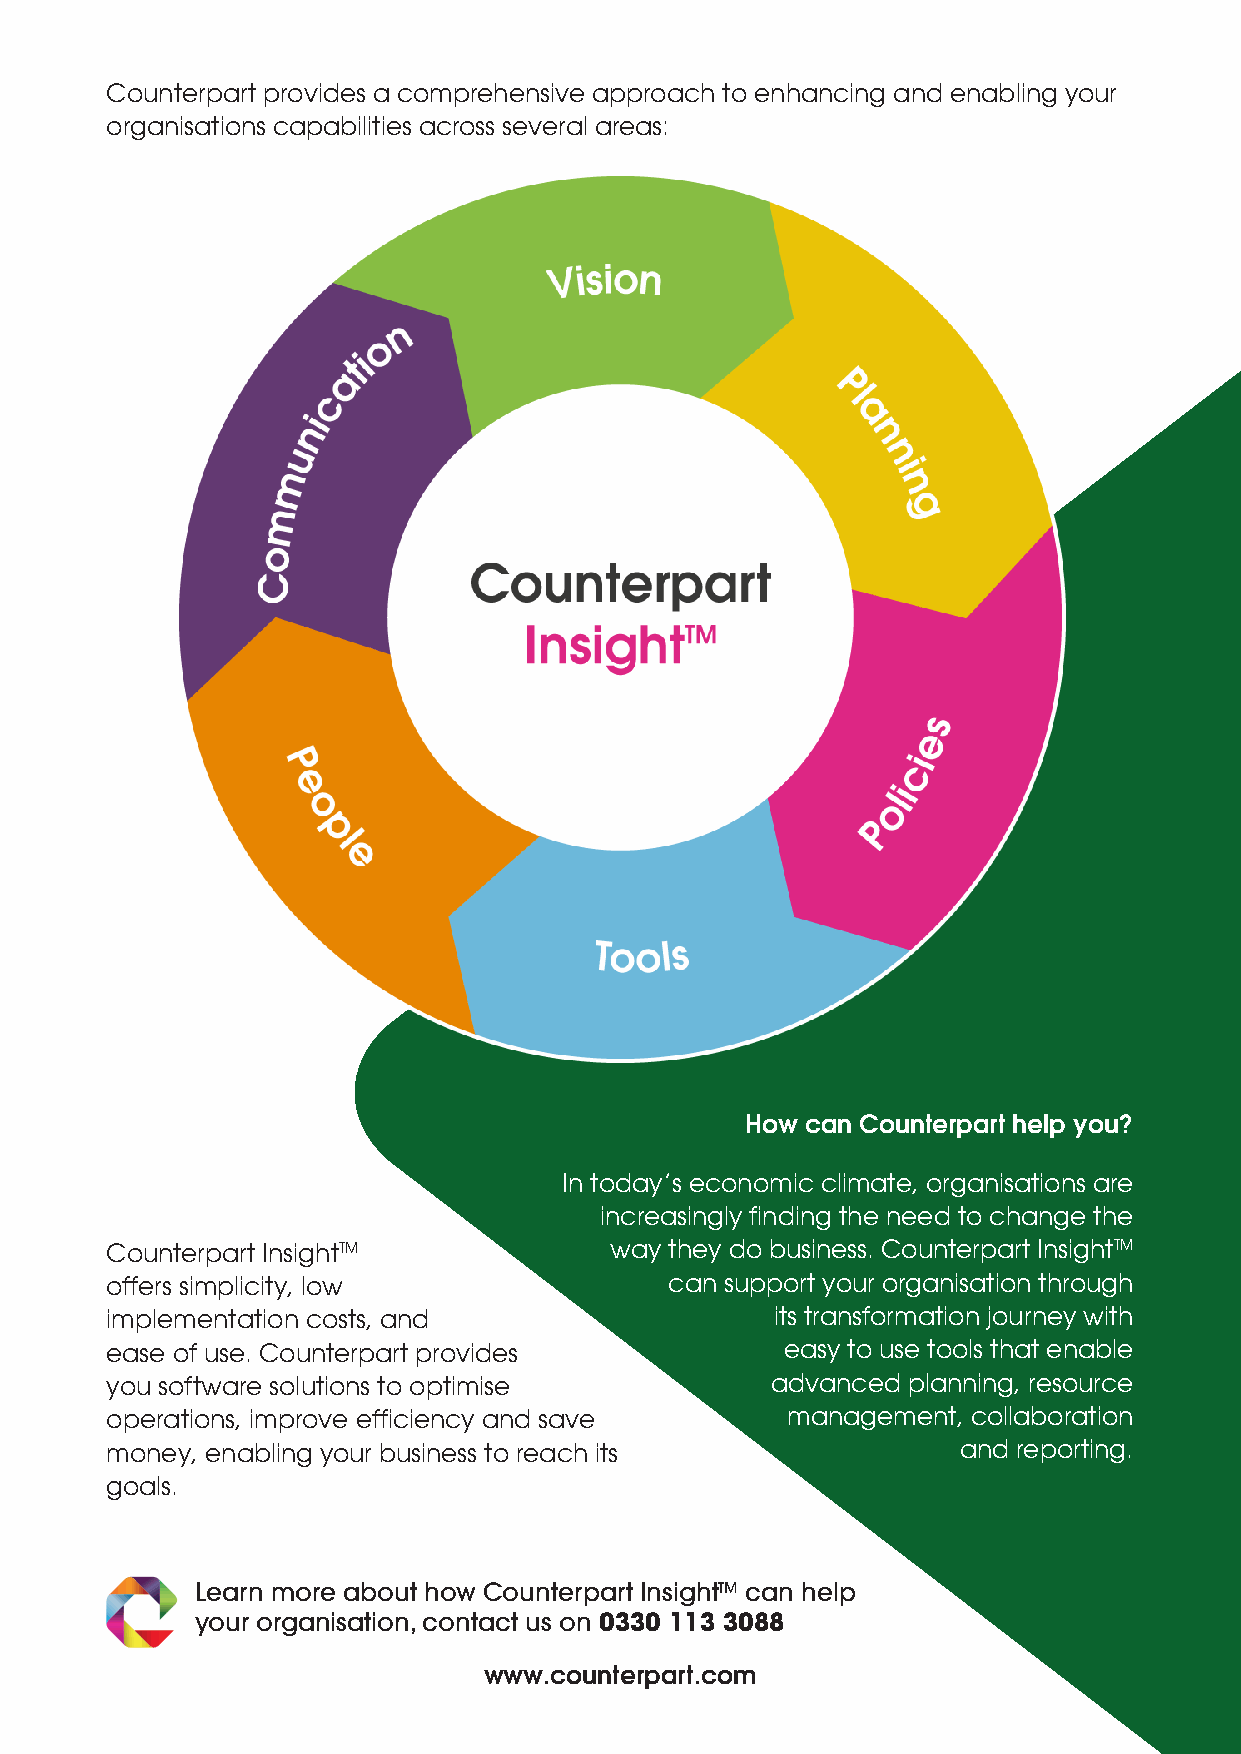
Counterpart provides a comprehensive approach to enhancing and enabling your
 organisations capabilities across several areas:
 How can Counterpart help you?
 In today’s economic climate, organisations are
 increasingly finding the need to change the
 Counterpart InsightTM            way they do business. Counterpart InsightTM
 offers simplicity, low               can support your organisation through
 implementation costs, and                   its transformation journey with
 ease of use. Counterpart provides            easy to use tools that enable
 you software solutions to optimise          advanced planning, resource
 operations, improve efficiency and save      management, collaboration
 money, enabling your business to reach its              and reporting.
 goals.
 Learn more about how Counterpart InsightTM can help
 your organisation, contact us on 0330 113 3088
 www.counterpart.com